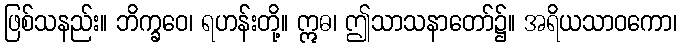
ဖြစ်သနည်း။ ဘိက္ခဝေ၊ ရဟန်းတို့။ ဣဓ၊ ဤသာသနာတော်၌။ အရိယသာဝကော၊